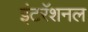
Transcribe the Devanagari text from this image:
इंटरॅशनल